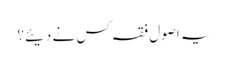
یہ اصول فقہ کس نے دیئے؟